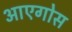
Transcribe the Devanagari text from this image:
आएगोस